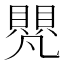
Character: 𮚝